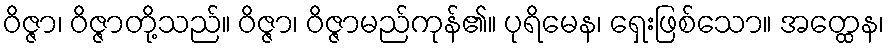
ဝိဇ္ဇာ၊ ဝိဇ္ဇာတို့သည်။ ဝိဇ္ဇာ၊ ဝိဇ္ဇာမည်ကုန်၏။ ပုရိမေန၊ ရှေးဖြစ်သော။ အတ္ထေန၊